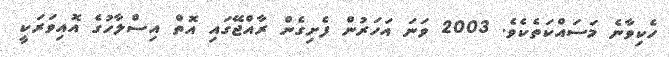
ހެކިވާނެ މަސައްކަތެކެވެ. 2003 ވަނަ އަހަރުން ފެށިގެން ރާއްޖޭގައި އޮތް އިސްލާހުގެ އޮއިވަރަކީ